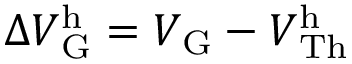
\Delta V \mathrm { _ G ^ { h } } = V _ { \mathrm { G } } - V \mathrm { _ { T h } ^ { h } }